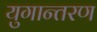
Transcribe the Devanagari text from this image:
युगान्तरण